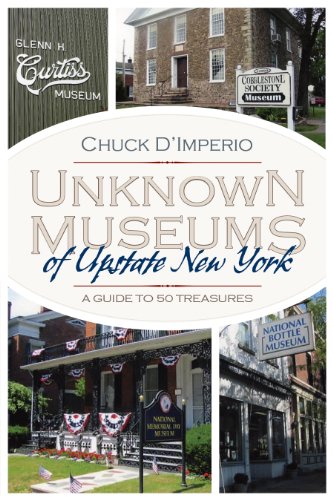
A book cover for Unknown Museums of Upstate New York: A Guide to 50 Treasures (New York State Series); Chuck D'imperio; Travel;